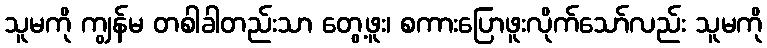
သူမကို ကျွန်မ တစါခါတည်းသာ တွေ့ဖူး၊ စကားပြောဖူးလိုက်သော်လည်း သူမကို